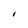
Character: I